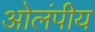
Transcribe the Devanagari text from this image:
ओलंपीय